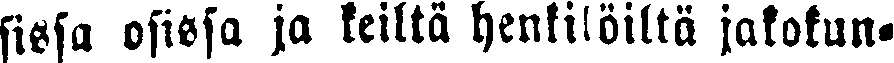
sissa osissa ja keiltä henkilöiltä jakokun-